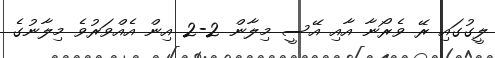
ލީގުގައި ރޭ ވެރޯނާ އާއި އޭސީ މިލާން 2-2 އިން އެއްވަރުވެ މިލާނުގެ